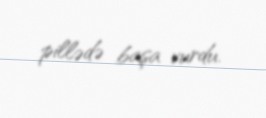
pillədə başa vurdu.